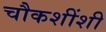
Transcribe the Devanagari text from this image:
चौकशींशी